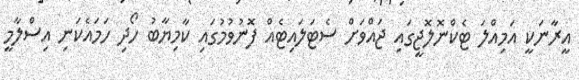
އީރާނަކީ އަމިއްލަ ޓެކްނޮލޮޖީގައި ޖައްވަށް ސެޓަލައިޓެއް ފޮނުވުމުގައި ކާމިޔާބު ހޯދި ހަމައެކަނި އިސްލާމީ